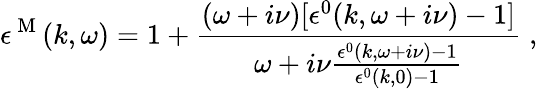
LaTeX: \epsilon^{\mathrm{~M~}}(k,\omega)=1+\frac{(\omega+i\nu)[\epsilon^{0}(k,\omega+i\nu)-1]}{\omega+i\nu\frac{\epsilon^{0}(k,\omega+i\nu)-1}{\epsilon^{0}(k,0)-1}}\; ,